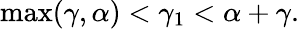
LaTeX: \operatorname*{max}(\gamma,\alpha)<\gamma_{1}<\alpha+\gamma.